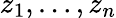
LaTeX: z_{1},\dotsc,z_{n}